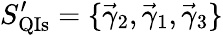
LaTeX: S_{\mathrm{QIs}}^{\prime}=\{ \vec{\gamma}_{2},\vec{\gamma}_{1},\vec{\gamma}_{3}\}